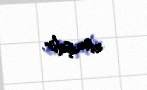
etmişdir.